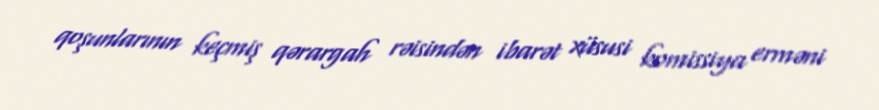
qoşunlarının keçmiş qərargah rəisindən ibarət xüsusi komissiya erməni